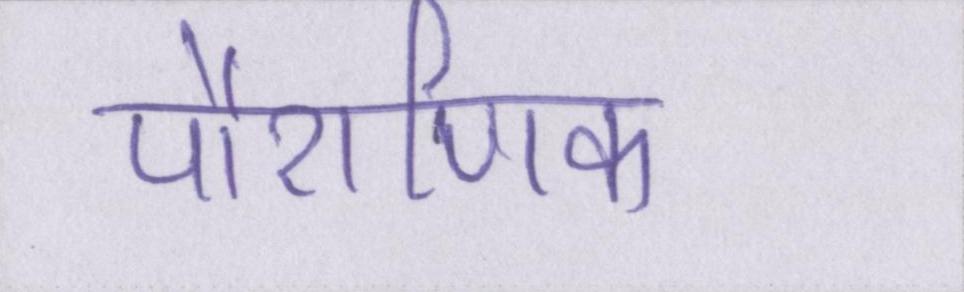
पौराणिक